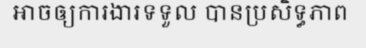
អាចឲ្យការងារទទួល បានប្រសិទ្ធភាព